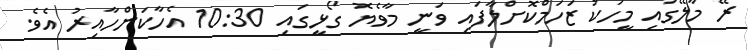
ރޭ މާލޭގައި މީހަކު ޒަހަމްކޮށްލާފައި ވަނީ މާވެޔޮ ގޯޅީގައި 10:30 އެހާކަންހާއިރު އެވެ.